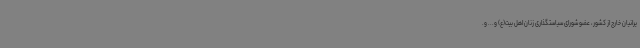
یرانیان خارج از کشور، عضو شورای سیاستگذاری زنان اهل بیت(ع) و... و.